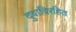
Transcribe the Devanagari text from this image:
दुवाविरहित